Vabadussoja_Ajaloo_Komitee, lk 9
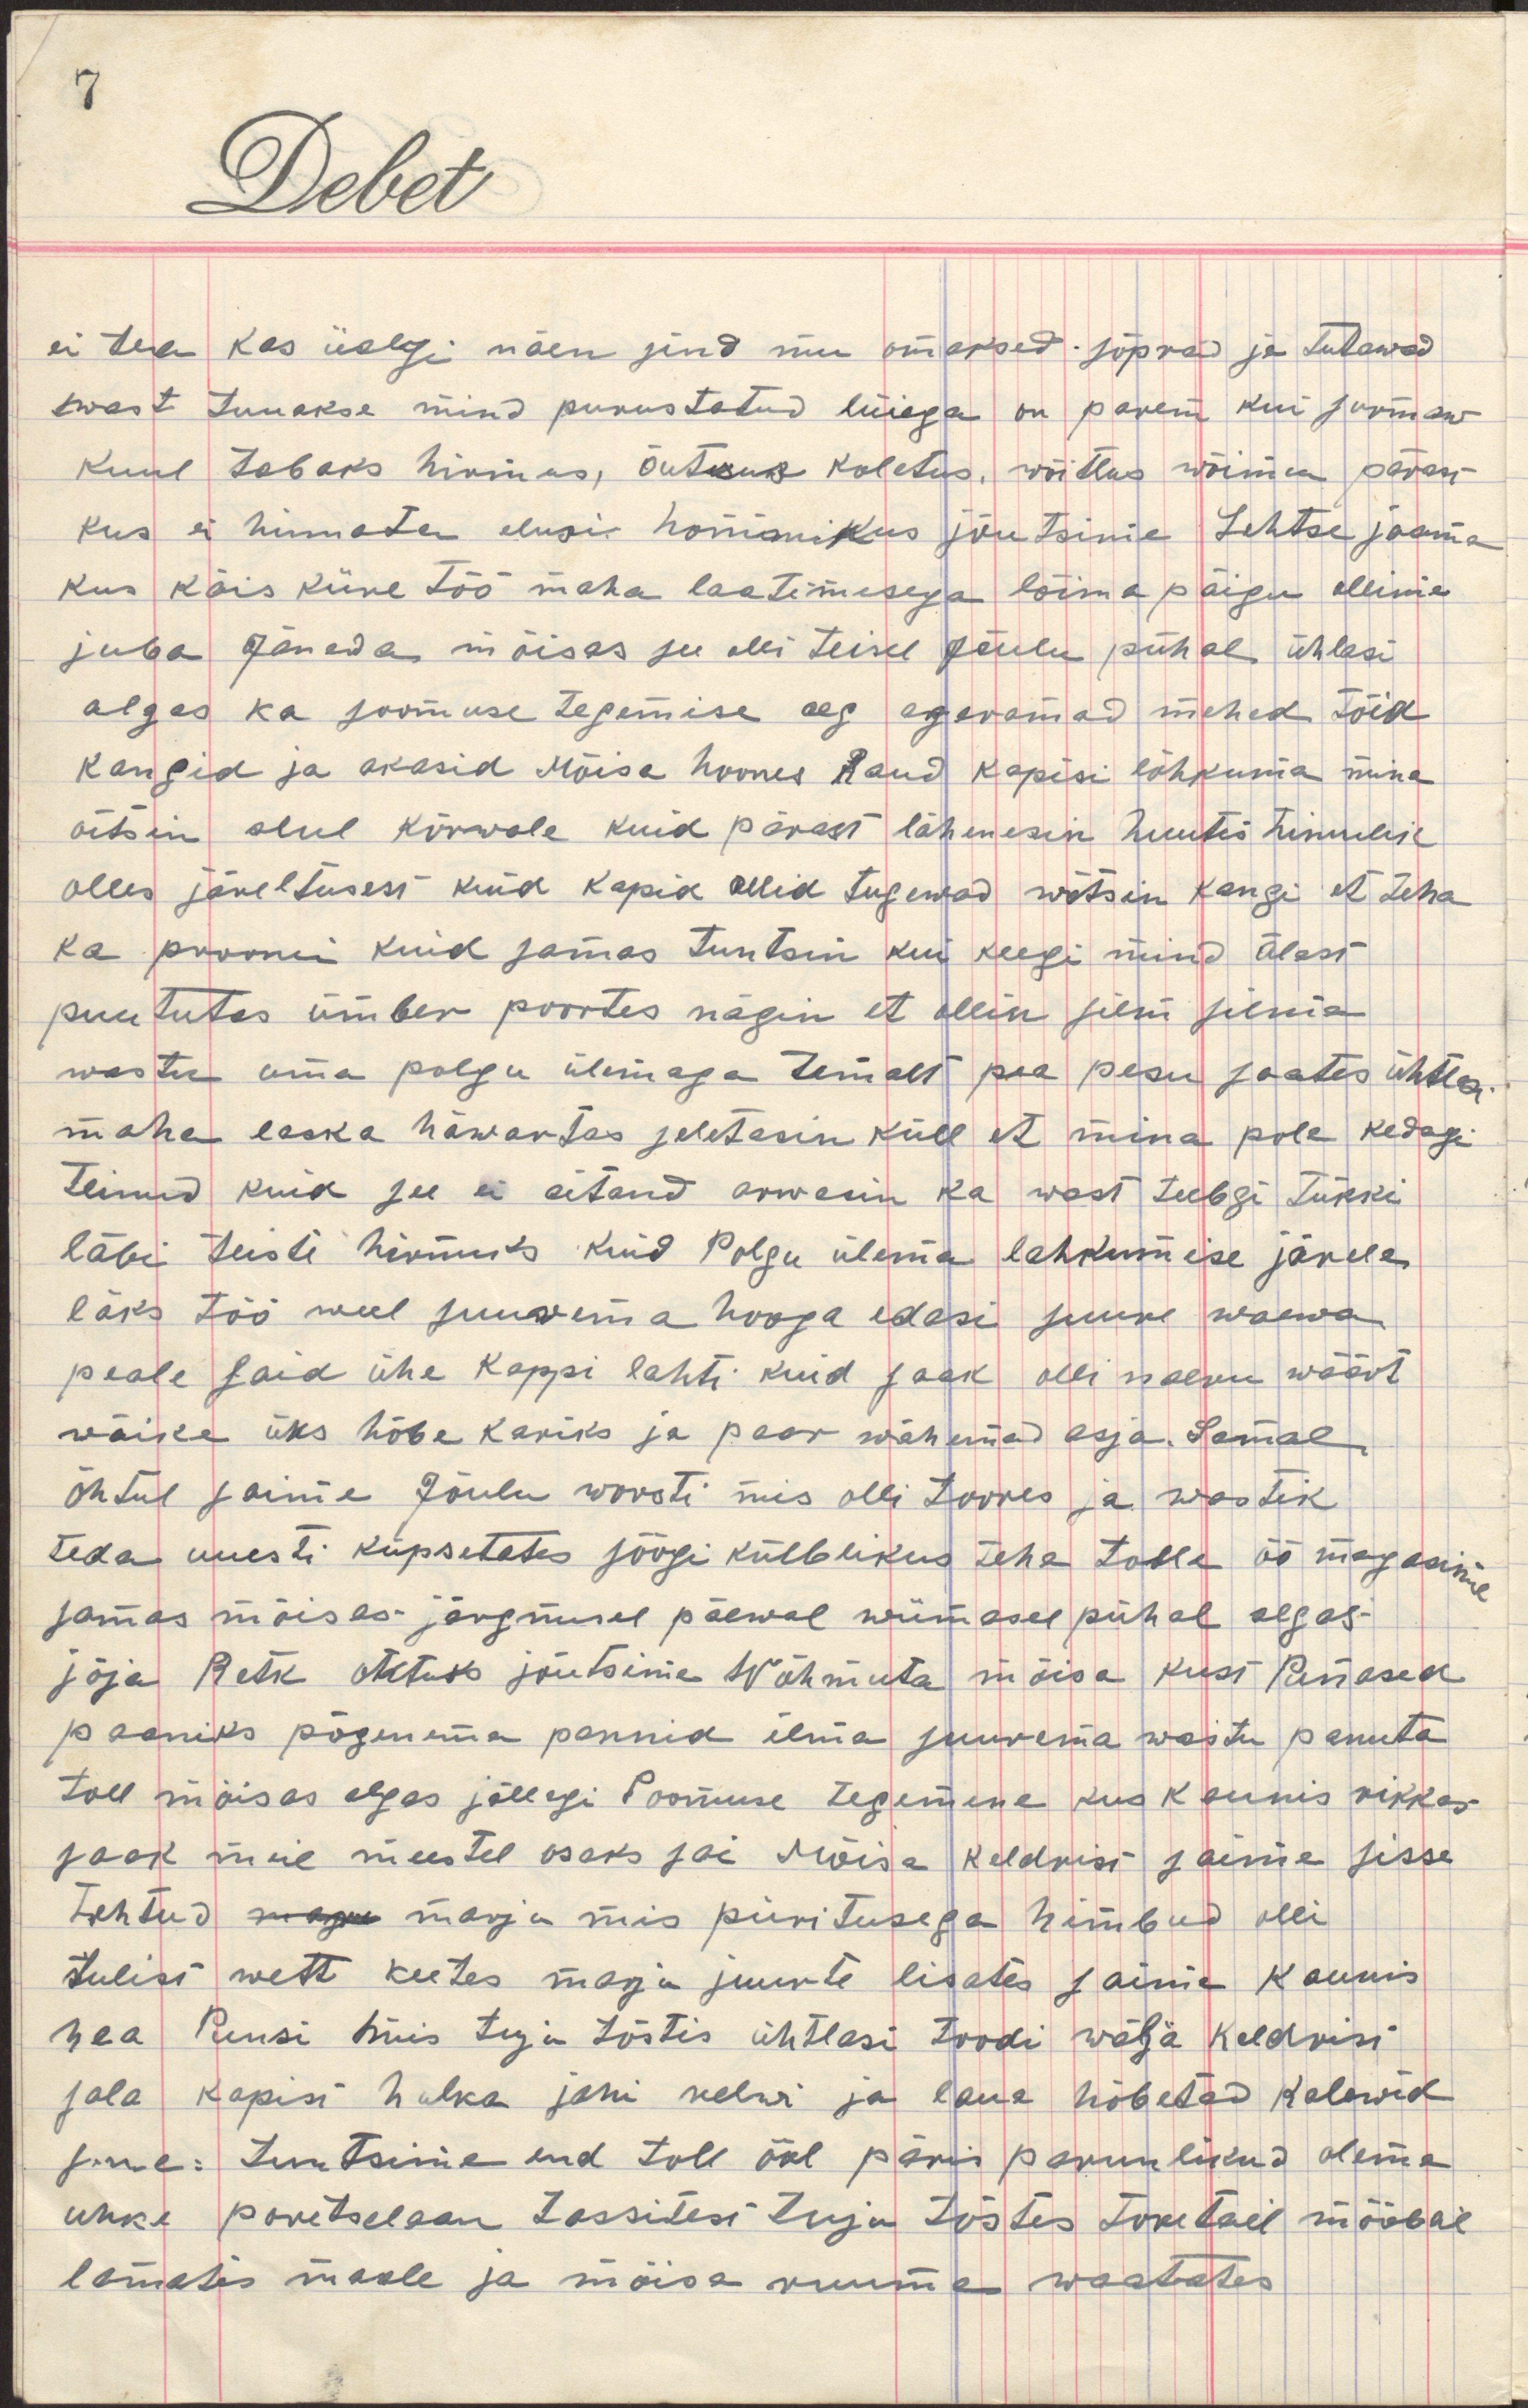
ei tea kas iialgi näen sind mu omaksed sõprad ja tulewad
wast tuuakse mind purustatud lüiega on parem kui surmaw
kuul tabaks hirmus, õutsus koletus, wõidlus wõimu pärast
kus ei hinnata elusi hommikus jõutsime Lehtse jaama
kus käis kiire töö maha laatimisega lõuna paigu ollime
juba Jäneda mõisas see olli teisel jõulu pühal ühlasi
algas ka soomuse tegemise aeg agaramad mehed tõid
kangid ja akasid mõisa hoones raud kapisi lõhkuma mina
oitsin alul kõrwale kuid pärast lähenesin huutis himulik 
olles järeltusest kuid kapid ollid tugewad wõtsin kangi et teha
ka proowi kuid samas tuntsin kui keegi mind õlast
puututas ümber poortes nägin et ollin silm silma
wastu oma polgu ülemaga temalt pea pesu saates ühtlasi
maha laska häwartas seletasin küll et mina pole kedagi
teinud kuid see ei aitand arwasin ka wast teebgi tükki
läbi teiste hirmuks kuid Polgu ülema lahkumise järele
läks töö weel suurema hooga edasi suure waewa
peale said ühe kappi lahti kuid saak olli naeru wäärt
wäike üks hõbe karika ja paar wähemad asja. Samal
õhtul saime Jõulu worsti mis olli toores ja wastik
teda uuesti küpsetates söögi kõlblikus teha tolle öö magasime
samas mõisas järgmisel päewal wiimasel pühal algas
sõja Retk õhtuks jõudsime Wõhmuta mõisa kust Punased
paanikas põgenema pannud ilma suurema wastu panuta
toll mõisas algas jällegi soomuse tegemine kus kaunis rikkas
saak meie meestel osaks sai mõisa keldrist saime sisse
tehtud magu marja mis piiritusega himbud olli
tulist wett keetes marju juurte lisades saime kaunis
hea Punsi mis tuju tõstis ühtlasi toodi wälja keldrist
sala kapisi hulka jahi relwi ja laua hõbedad kalewid
j. n. e. Tuntsime end toll ööl päris parunlikud olema 
uhke portselaan tassitest tuju tõstes toretail mööblil
lamades maale ja mõisa ruume waatates